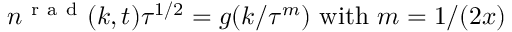
n ^ { \mathrm { ~ r ~ a ~ d ~ } } ( k , t ) \tau ^ { 1 / 2 } = g ( k / \tau ^ { m } ) \, \, \mathrm { w i t h } \, \, m = 1 / ( 2 x )